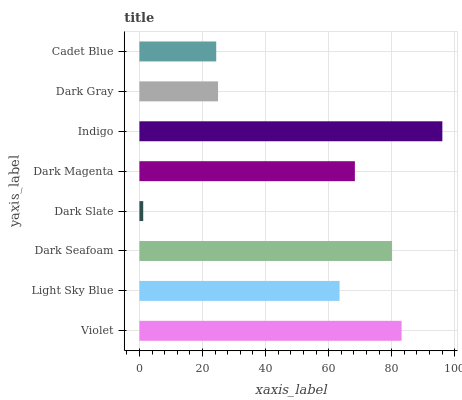
| yaxis_label | bars |
 | --- | --- |
 | Violet | 83.1 |
 | Light Sky Blue | 63.5 |
 | Dark Seafoam | 80.1 |
 | Dark Slate | 1.2 |
 | Dark Magenta | 68.3 |
 | Indigo | 96 |
 | Dark Gray | 24.9 |
 | Cadet Blue | 24.4 |